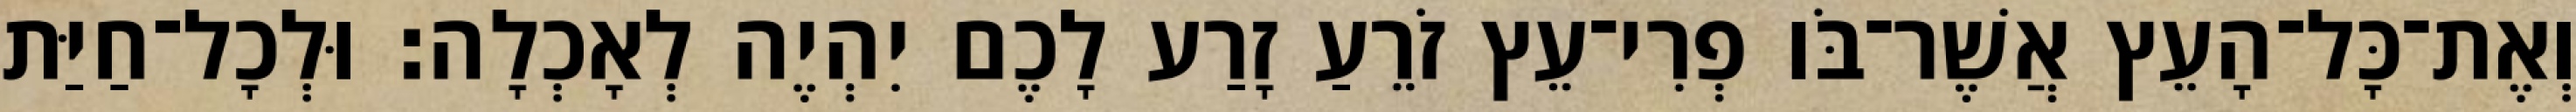
וְאֶת־כָּל־הָעֵץ אֲשֶׁר־בֹּו פְרִי־עֵץ זֹרֵעַ זָרַע לָכֶם יִהְיֶה לְאָכְלָה׃ וּלְכָל־חַיַּת